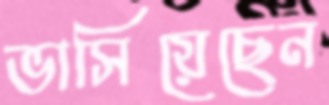
ভাসিয়েছেন